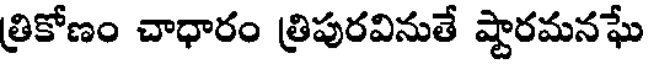
త్రికోణం చాధారం త్రిపురవినుతే ష్టారమనఘే